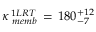
\kappa _ { \, \, m e m b } ^ { \, 1 L R T } \, = \, 1 8 0 _ { - 7 } ^ { + 1 2 }